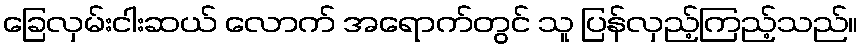
ခြေလှမ်းငါးဆယ် လောက် အရောက်တွင် သူ ပြန်လှည့်ကြည့်သည်။